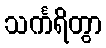
သင်္ကရိတွာ